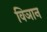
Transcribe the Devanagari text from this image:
विञान